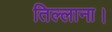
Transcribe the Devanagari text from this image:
तिल्लाना।